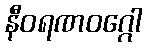
နီဝရဏဝဂ္ဂေါ